Problem: 9 × 2 = ?
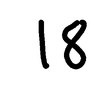
Handwritten answer: 18